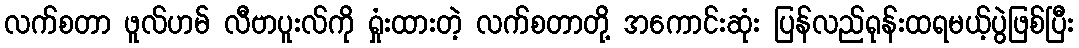
လက်စတာ ဖူလ်ဟမ် လီဗာပူးလ်ကို ရှုံးထားတဲ့ လက်စတာတို့ အကောင်းဆုံး ပြန်လည်ရုန်းထရမယ့်ပွဲဖြစ်ပြီး